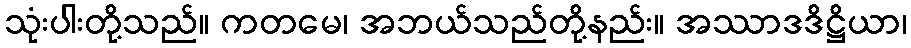
သုံးပါးတို့သည်။ ကတမေ၊ အဘယ်သည်တို့နည်း။ အဿာဒဒိဋ္ဌိယာ၊